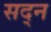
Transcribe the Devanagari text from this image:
सद्न